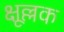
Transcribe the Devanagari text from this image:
क्षूल्लक